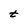
Character: t